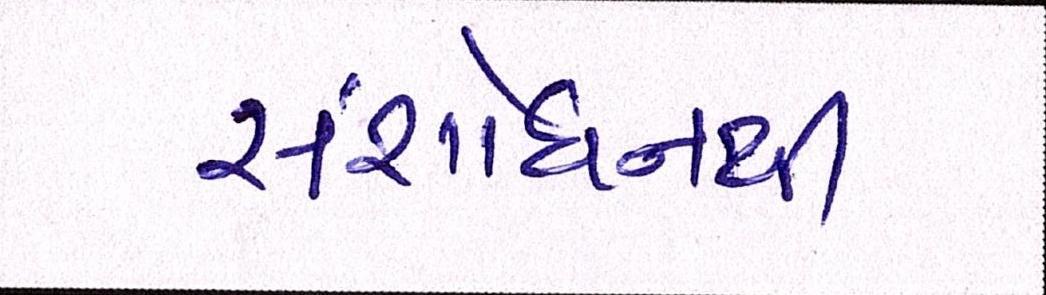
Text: સંશોધનથી